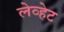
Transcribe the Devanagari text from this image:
लेव्हेट